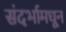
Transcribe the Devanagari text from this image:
संदर्भामधून